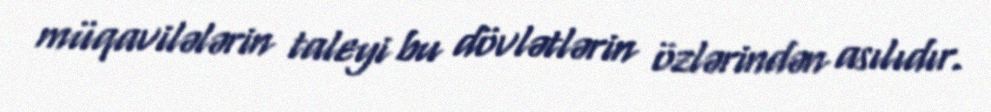
müqavilələrin taleyi bu dövlətlərin özlərindən asılıdır.